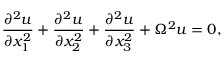
\frac { \partial ^ { 2 } u } { \partial x _ { 1 } ^ { 2 } } + \frac { \partial ^ { 2 } u } { \partial x _ { 2 } ^ { 2 } } + \frac { \partial ^ { 2 } u } { \partial x _ { 3 } ^ { 2 } } + \Omega ^ { 2 } u = 0 ,